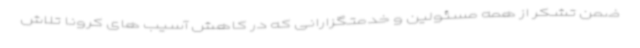
ضمن تشکر از همه مسئولین و خدمتگزارانی که در کاهش آسیب های کرونا تلاش